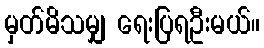
မှတ်မိသမျှ ရေးပြရဦးမယ်။